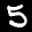
Label: 5